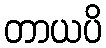
တာယပိ